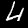
Digit: 4